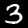
Label: 3